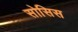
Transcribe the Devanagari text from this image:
सोसिस